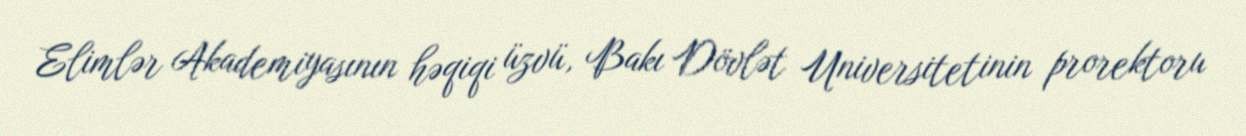
Elimlər Akademiyasının həqiqi üzvü, Bakı Dövlət Universitetinin prorektoru